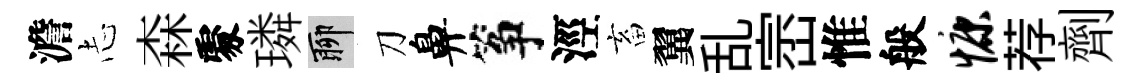
澹𢖽森𠁅璘聊刀鼻筝涇畜翼乱崈惟般慷荐劑